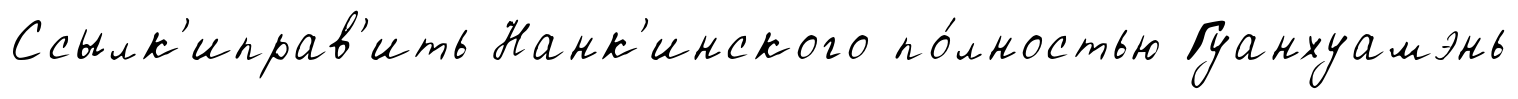
Ссылк'иправ'ить Нанк'инского по́лностью Гуанхуамэнь